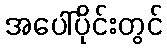
အပေါ်ပိုင်းတွင်